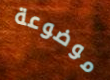
موضوعة